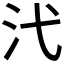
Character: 𪵫